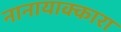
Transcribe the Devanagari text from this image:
नानायाक्कारा